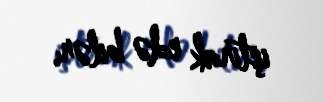
iştirak edə bilər.